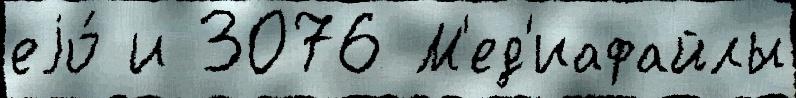
еjо́ и 3076 М'ед'иафайлы